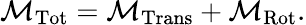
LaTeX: {\mathcal{M}}_{\mathrm{Tot}}={\mathcal{M}}_{\mathrm{Trans}}+{\mathcal{M}}_{\mathrm{Rot}}.